Annual administration report of the Civil Veterinary Department of India - 1898-1899
Year: 1898
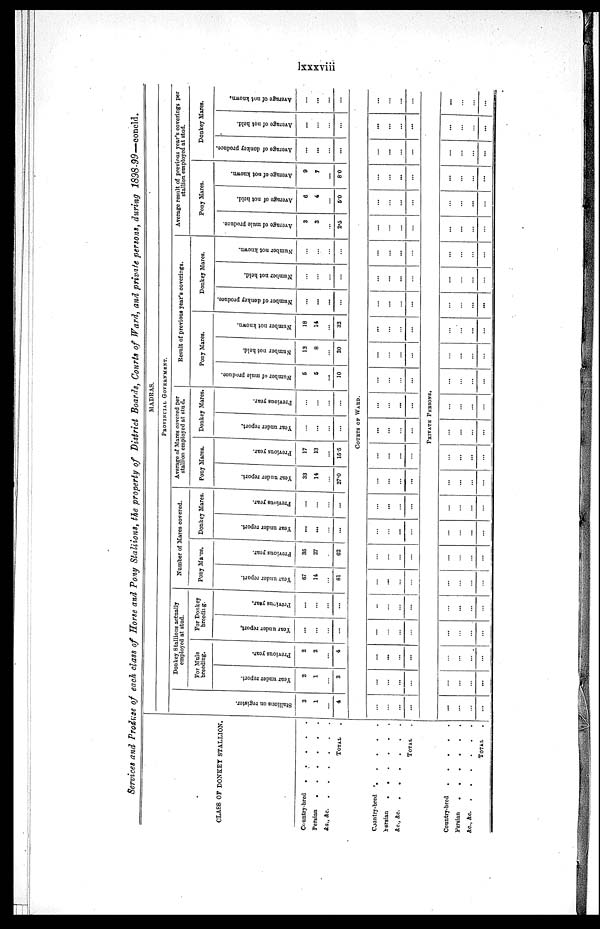
lxxxviii
Services and Produce of each class of Horse and Pony Stallions, the property of District Boards, Courts of Ward, and private persons, during 1898-99—concld.
CLASS OF DONKEY STALLION.
Country-bred
.
.
.
.
.
Persian
.
.
.
.
.
.
&c.,
&c.
.
.
.
.
.
.
TOTAL .
Country-bred
.
.
.
.
.
Persian
.
.
.
.
.
.
&c.,
&c.
.
.
.
.
.
.
TOTAL .
Country-bred
.
.
.
.
.
Persian
.
.
.
.
.
.
&c.,
&c.
.
.
.
.
.
.
TOTAL .
MADRAS.
PROVINCIAL GOVERNMENT.
St al l
i
ons on register.
3
1
...
4
Donkey Stallions actually
employed at stud.
For Mule
breeding.
Year under report.
2
1
...
3
Previous year.
2
2
...
4
For Donkey
breeding.
Year under report.
...
...
...
...
Previous year.
...
...
...
...
Number of Mares covered.
Pony Mares.
Year under report.
67
14
...
81
Previous year.
35
27
...
62
Donkey Mares.
Year under report.
...
...
...
...
Previous year.
...
...
...
...
Average of Mares covered per
stallion employed at stud.
Pony Mares.
Year under report.
33
14
...
27.0
Previous year.
17
13
...
15.5
Donkey Mares.
Year under report.
...
...
...
...
Previous year.
...
...
...
...
Result of previous year's coverings.
Pony Mares.
Number of mule produce.
5
5
...
10
Number not held.
12
8
...
20
Number not known.
18
14
...
32
Donkey Mares.
Number of donkey produce.
...
...
...
...
Number not held.
...
...
...
...
Number not known.
...
...
...
...
Average result of previous year's coverings per
stallion employed at stud.
Pony Mares.
Average of mule produce.
3
3
...
2.5
Average of not held.
6
4
...
5.0
Average of not known.
9
7
...
8.0
Donkey Mares.
Average of donkey produce.
...
...
...
...
Average of not hold.
...
...
...
...
Average of not known,
...
...
...
...
COURTS OF WARD.
...
...
...
...
...
...
...
...
...
...
...
...
...
...
...
...
...
...
...
...
...
...
...
...
...
...
...
...
...
...
...
...
...
...
...
...
...
...
...
...
...
...
...
...
...
...
...
...
...
...
...
...
...
...
...
...
...
...
...
...
...
...
...
...
...
...
...
...
...
...
...
...
...
...
...
...
...
...
...
...
...
...
...
...
...
...
...
...
...
...
...
...
...
...
...
...
...
...
...
...
PRIVATE PERSONS.
...
...
...
...
...
...
...
...
...
...
...
...
...
...
...
...
...
...
...
...
...
...
...
...
...
...
...
...
...
...
...
...
...
...
...
...
...
...
...
...
...
...
...
...
...
...
...
...
...
...
...
...
...
...
...
...
...
...
...
...
...
...
...
...
...
...
...
...
...
...
...
...
...
...
...
...
...
...
...
...
...
...
...
...
...
...
...
...
...
...
...
...
...
...
...
...
...
...
...
...